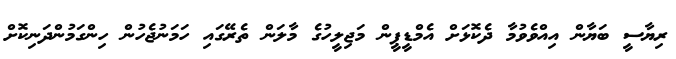
ރިޔާސީ ބަޔާން އިއްވެވުމާ ދެކޮޅަށް އެމްޑީޕީން މަޖިލީހުގެ މާލަން ތެރޭގައި ހަމަނުޖެހުން ހިންގަމުންދަނިކޮށް